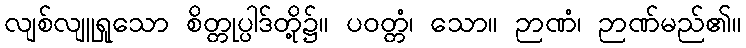
လျစ်လျူရှုသော စိတ္တုပ္ပါဒ်တို့၌။ ပဝတ္တံ၊ သော။ ဉာဏံ၊ ဉာဏ်မည်၏။